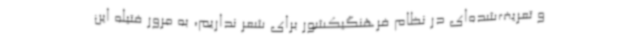
و تعریف‌شده‌ای در نظام فرهنگیکشور برای شعر نداریم، به مرور فتیله این